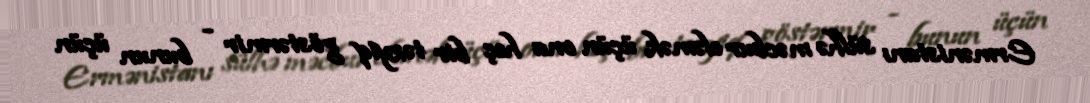
Ermənistanı sülhə məcbur eləmək üçün ona heç bir təzyiq göstərmir - bunun üçün